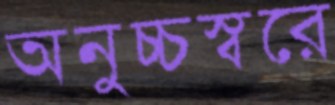
অনুচ্চস্বরে